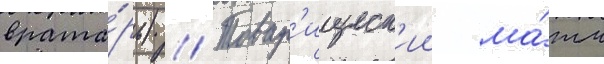
врата́рь) // Товар'ищеск'ии ма́тч